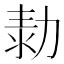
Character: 𠡾